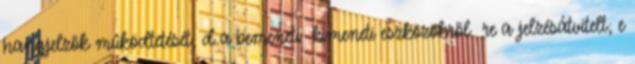
hangjelzõk mûködtetését; d a bemeneti kimeneti eszközökrõl re a jelzésátvitelt; e